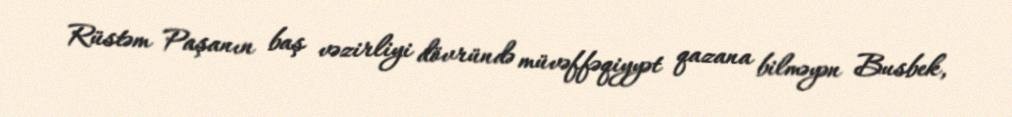
Rüstəm Paşanın baş vəzirliyi dövründə müvəffəqiyyət qazana bilməyən Busbek,